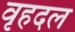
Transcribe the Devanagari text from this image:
वृहदल